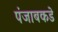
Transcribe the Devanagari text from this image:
पंजाबकडे